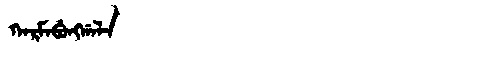
Manchu: ᡴᠠᡵᠮᠠᠪᡠᠩᡤᠠᠯᠠ
Romanization: KARMABUNGGALA